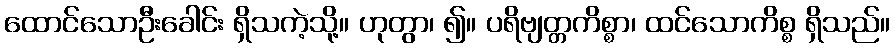
ထောင်သောဦးခေါင်း ရှိသကဲ့သို့။ ဟုတွာ၊ ၍။ ပရိဗျတ္တကိစ္စာ၊ ထင်သောကိစ္စ ရှိသည်။